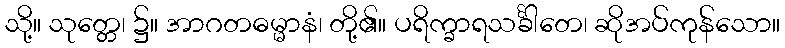
သို့။ သုတ္တေ၊ ၌။ အာဂတဓမ္မာနံ၊ တို့၏။ ပရိက္ခာရသင်္ခါတေ၊ ဆိုအပ်ကုန်သော။